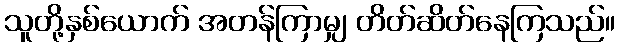
သူတို့နှစ်ယောက် အတန်ကြာမျှ တိတ်ဆိတ်နေကြသည်။